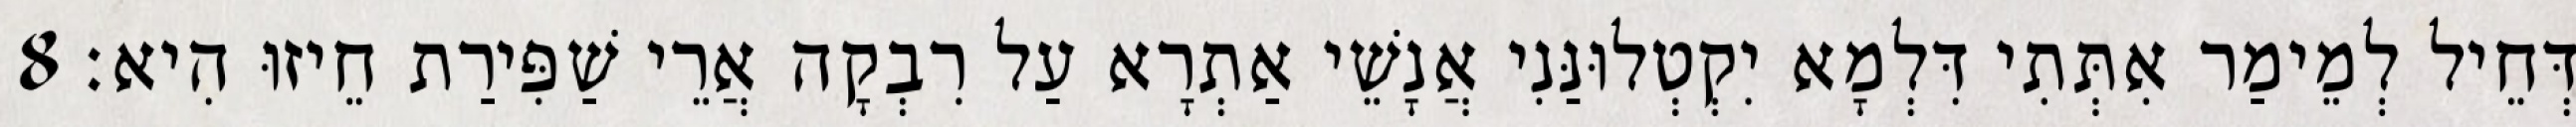
דְּחֵיל לְמֵימַר אִתְּתִי דִּלְמָא יִקְטְלוּנַּנִי אֲנָשֵׁי אַתְרָא עַל רִבְקָה אֲרֵי שַׁפִּירַת חֵיזוּ הִיא׃ 8